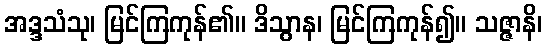
အဒ္ဒသံသု၊ မြင်ကြကုန်၏။ ဒိသွာန၊ မြင်ကြကုန်၍။ သဇ္ဇာနိ၊